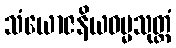
သံယောဇနိယဓမ္မသုတ္တံ